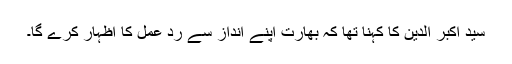
سید اکبر الدین کا کہنا تھا کہ بھارت اپنے انداز سے رد عمل کا اظہار کرے گا۔